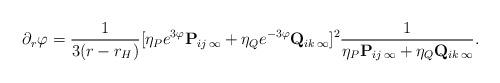
LaTeX: \begin{align*}\partial_r \varphi = {1 \over {3(r - r_H)}}[\eta_P e^{3\varphi}{\bf P}_{ij\,\infty} + \eta_Q e^{-{3\varphi}}{\bf Q}_{ik\,\infty}]^2{1 \over {\eta_P {\bf P}_{ij\,\infty} + \eta_Q {\bf Q}_{ik\,\infty}}} .\end{align*}